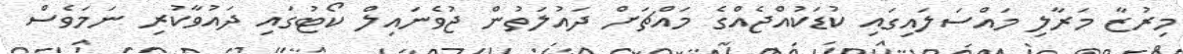
މިރުޒާ މަރާލި މައްސަލައިގައި ކުޑަކުއްޖެއްގެ މައްޗަށް ދައުލަތުން ޖުވެނައިލް ކޯޓުގައި ދައުވާކުރި ނަމަވެސް